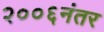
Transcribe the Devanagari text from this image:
२००६नंतर